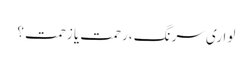
لواری سرنگ ،رحمت یا زحمت ؟